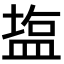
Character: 𥂁